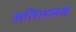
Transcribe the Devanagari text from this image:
अतितलम